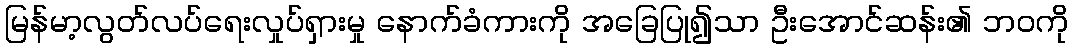
မြန်မာ့လွတ်လပ်ရေးလှုပ်ရှားမှု နောက်ခံကားကို အခြေပြု၍သာ ဦးအောင်ဆန်း၏ ဘဝကို